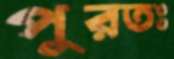
পুরতঃ